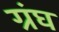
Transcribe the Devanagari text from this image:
ग्रंघ